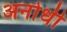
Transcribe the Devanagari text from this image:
अनोधी